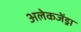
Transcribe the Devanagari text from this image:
अलेकजेंड्रा